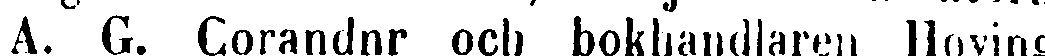
A. G. Corandnr och bokhandlaren Hoving